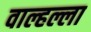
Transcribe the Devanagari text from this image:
वाल्हल्ला